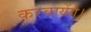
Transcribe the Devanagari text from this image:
करवायेंगे।